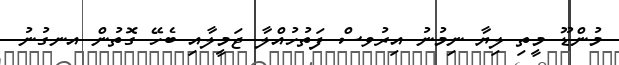
މުންޑޫ މީތި ލިޔާ ނިމުނު އިރުވސް ފަތުހުއްލާ ޖަމީލާއި ބެހޭ ގޮތުން އނގުނު